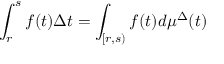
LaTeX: \int _ { r } ^ { s } f ( t ) \Delta t = \int _ { [ r , s ) } f ( t ) d \mu ^ { \Delta } ( t )